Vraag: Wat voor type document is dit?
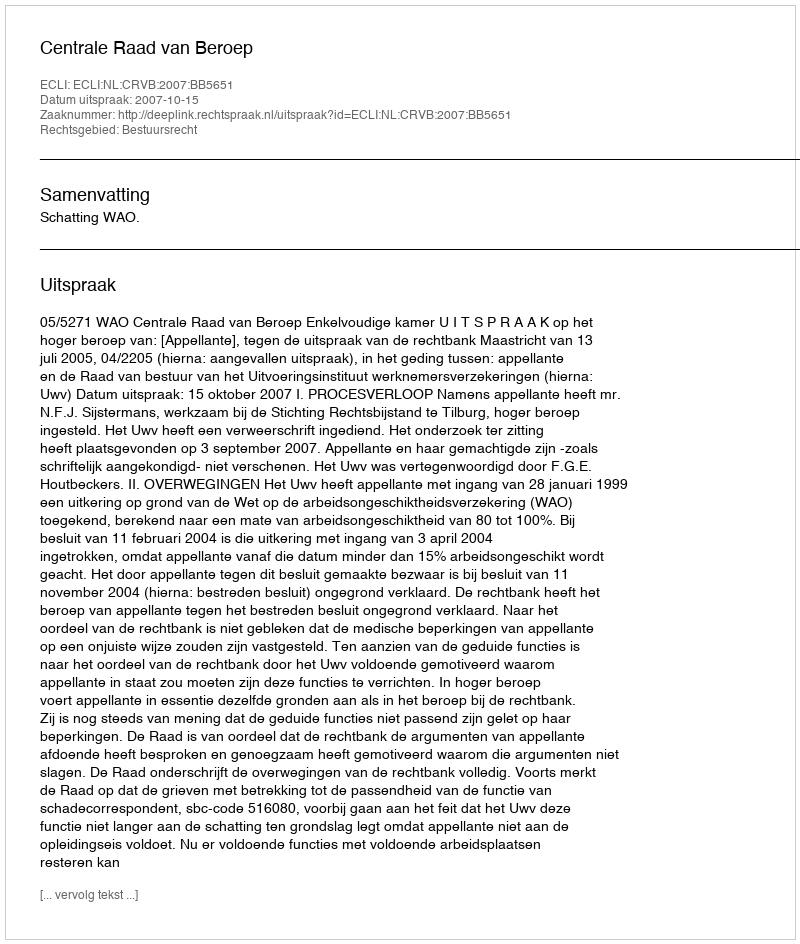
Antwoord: Uitspraak